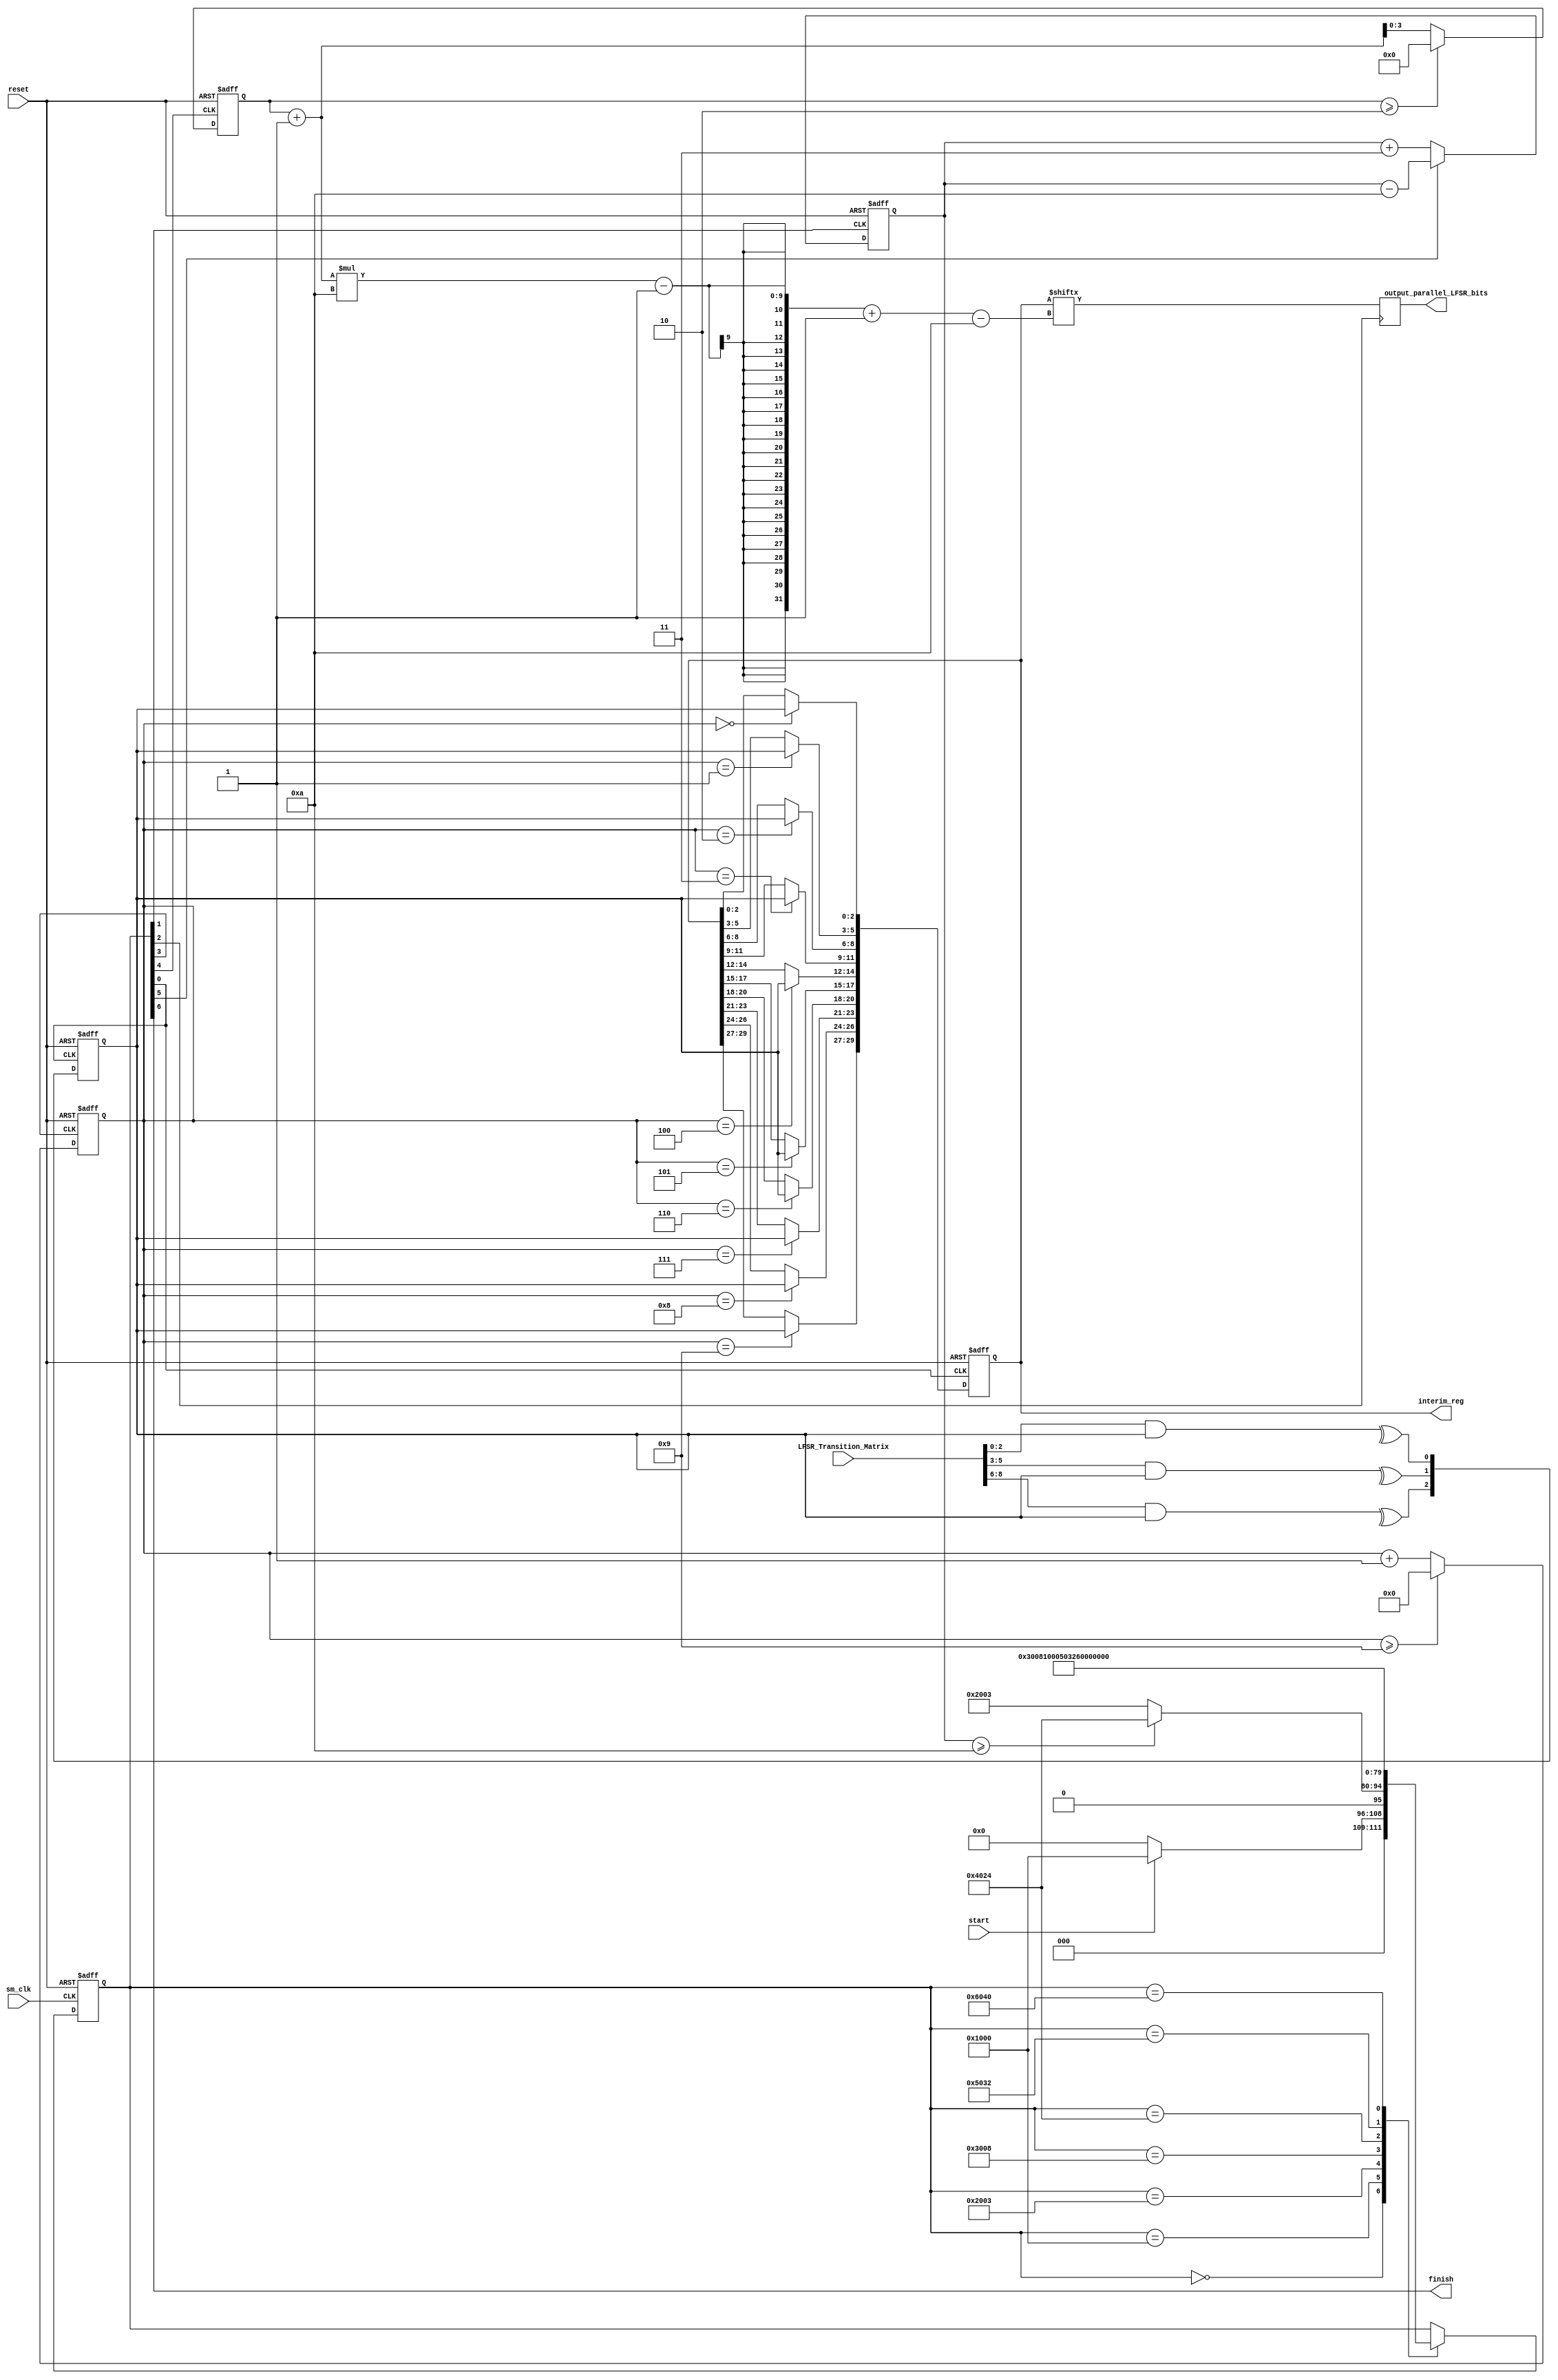
module Parallel_LFSR_unoptimized
#(
parameter LFSR_LENGTH = 3,
parameter OUTPUT_WIDTH = 10,
parameter log2_LFSR_LENGTH = 2,
parameter log2_OUTPUT_WIDTH = 4,
parameter bits_counter_width = log2_OUTPUT_WIDTH + log2_LFSR_LENGTH+2,
/*
    In general,  length(interm_reg)= num_LFSR_lengths_in_interim_reg*LFSR_LENGTH  = OUTPUT_WIDTH*num_output_widths_in_interim_eg,
    if there are common factors an effort should be made to shorten the length of that register
*/
parameter num_LFSR_lengths_in_interim_reg = OUTPUT_WIDTH,
parameter num_output_widths_in_interim_reg = LFSR_LENGTH,
parameter interim_reg_width = num_LFSR_lengths_in_interim_reg*LFSR_LENGTH,
parameter lfsr_init_val = 1
)
(
  input wire [LFSR_LENGTH*LFSR_LENGTH-1:0] LFSR_Transition_Matrix,
  input sm_clk,
  input start,
  output finish,
  output reg  [OUTPUT_WIDTH-1 : 0] output_parallel_LFSR_bits = 0,
  output reg  [interim_reg_width-1:0] interim_reg = 0,
  input reset
);

reg  [LFSR_LENGTH-1:0] lfsr=lfsr_init_val;
wire [LFSR_LENGTH-1:0] next_lfsr_val;
wire lfsr_clk;
reg  [bits_counter_width-1:0] num_bits_ready=0;
reg  [num_output_widths_in_interim_reg:0] output_width_counter=0;
reg  [num_LFSR_lengths_in_interim_reg:0] lfsr_width_counter=0;
wire inc_lfsr_counter, inc_output_counter, dec_num_bits_ready, num_bits_ready_clk, output_clk;
wire [interim_reg_width-1:0] next_interim_reg_val;

generate
        genvar i;
		for (i=0; i<LFSR_LENGTH; i++)
		begin : gen_next_lfsr_val
		     assign next_lfsr_val[i] = ^(LFSR_Transition_Matrix[((i+1)*LFSR_LENGTH-1) -: LFSR_LENGTH] & lfsr);
		end
endgenerate


generate
        genvar j;
		for (j=0; j<num_LFSR_lengths_in_interim_reg; j++)
		begin : gen_next_interim_val
		     assign next_interim_reg_val[((j+1)*LFSR_LENGTH-1) -: LFSR_LENGTH] =  (lfsr_width_counter == j) ? lfsr : interim_reg[((j+1)*LFSR_LENGTH-1) -: LFSR_LENGTH];
		end
endgenerate

always @(posedge lfsr_clk or negedge reset)
begin
     if (!reset)
	 begin
	     lfsr <= lfsr_init_val;
		 interim_reg <= 0;
     end
	 else
	 begin
         lfsr <= next_lfsr_val;
		 interim_reg <= next_interim_reg_val;
	 end
end

always @(posedge inc_output_counter or negedge reset)
begin
    if (!reset)
      output_width_counter <= 0;
  else
  begin
      if (output_width_counter >= num_output_widths_in_interim_reg-1)
         output_width_counter <= 0;
      else
          output_width_counter <= output_width_counter + 1;
   end
end


always @(posedge inc_lfsr_counter or negedge reset)
begin
    if (!reset)
      lfsr_width_counter <= 0;
  else
  begin
      if (lfsr_width_counter >= num_LFSR_lengths_in_interim_reg-1)
         lfsr_width_counter <= 0;
      else
          lfsr_width_counter <= lfsr_width_counter + 1;
   end
end

always @(posedge output_clk)
begin
     output_parallel_LFSR_bits <= interim_reg[((output_width_counter+1)*OUTPUT_WIDTH-1) -: OUTPUT_WIDTH];
end

always @(posedge num_bits_ready_clk or negedge reset)
begin
    if (!reset)
	     num_bits_ready <= 0;
    else if (dec_num_bits_ready)
	     num_bits_ready <= num_bits_ready - OUTPUT_WIDTH;
	else //increment num of bits ready
	     num_bits_ready <= num_bits_ready + LFSR_LENGTH;
end	

parameter idle 							= 15'b0000_000000000000;
parameter check_situation 				= 15'b0001_000000000000;
parameter get_next_LFSR_value 			= 15'b0010_000000000011;
parameter inc_lfsr_count_state          = 15'b0011_000000001000;
parameter set_output_values 			= 15'b0100_000000100100;
parameter inc_output_count_state        = 15'b0101_000000110010;
parameter finished 						= 15'b0110_000001000000;

reg [15:0] state = idle;

assign lfsr_clk           = state[0];
assign num_bits_ready_clk = state[1];
assign output_clk         = state[2];
assign inc_lfsr_counter   = state[3];
assign inc_output_counter = state[4];
assign dec_num_bits_ready = state[5];
assign finish             = state[6];

always @(posedge sm_clk or negedge reset)
begin
     if (!reset)
	 begin
	      state <= idle;
	 end
	 else 
	 begin
	      case (state)
		  idle : if (start)
		           state <= check_situation;
				 else
				   state <= idle;
		  check_situation : if (num_bits_ready >= OUTPUT_WIDTH)
		                       state <= set_output_values;
							else
							   state <= get_next_LFSR_value;
		  get_next_LFSR_value: state <= inc_lfsr_count_state;
		  inc_lfsr_count_state : state <= check_situation;
		  set_output_values : state <= inc_output_count_state;
		  inc_output_count_state : state <= finished;
		  finished : state <= idle;
		  endcase
	 end
end


endmodule